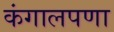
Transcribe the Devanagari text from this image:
कंगालपणा